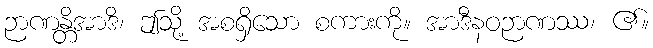
ဉာဏန္တိအာဒိ၊ ဤသို့ အစရှိသော စကားကို။ အာဒီနဝဉာဏဿ၊ ၏။